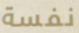
نفسة